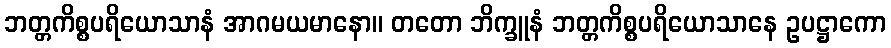
ဘတ္တကိစ္စပရိယောသာနံ အာဂမယမာနော။ တတော ဘိက္ခူနံ ဘတ္တကိစ္စပရိယောသာနေ ဥပဋ္ဌာကော